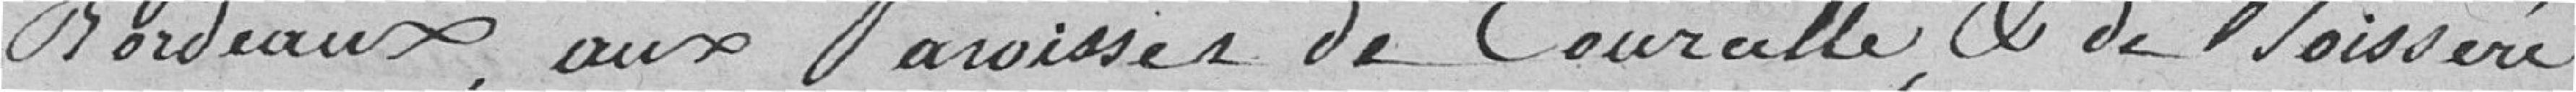
Bordeaux, aux Paroisses de Couralle et de Moisseré,